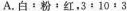
A.白：粉﹔红；3：10：3